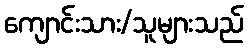
ကျောင်းသား/သူများသည်